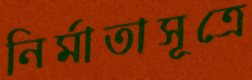
নির্মাতাসূত্রে